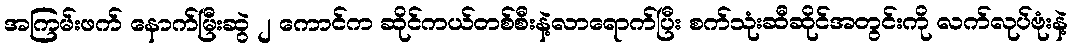
အကြမ်းဖက် နောက်မြီးဆွဲ ၂ ကောင်က ဆိုင်ကယ်တစ်စီးနဲ့လာရောက်ပြီး စက်သုံးဆီဆိုင်အတွင်းကို လက်လုပ်ဗုံးနဲ့